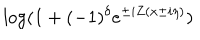
LaTeX: \log ( 1 + ( - 1 ) ^ { \delta } e ^ { \pm i Z ( x \pm i \eta ) } )